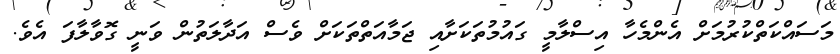
މަސައްކަތްކުރުމަށް އެންމެހާ އިސްލާމީ ގައުމުތަކަށާއި ޖަމާއަތްތަކަށް ވެސް އަދާލަތުން ވަނީ ގޮވާލާފަ އެވެ.